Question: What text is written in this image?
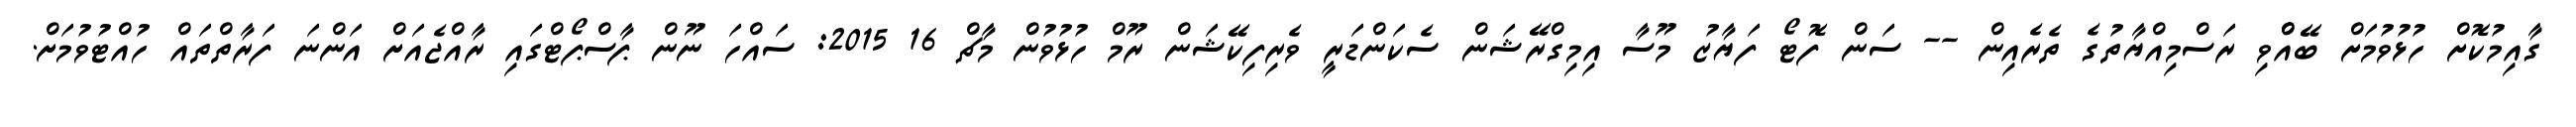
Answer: ގާއިމުކޮށް ހުޅުވުމަށް ބޭއްްވި ރަސްމިއްޔާތުގެ ތެރެއިން -- ސަން ފޮޓޯ ފަޔާޒު މޫސާ އިމިގްރޭޝަން ސެކަންޑަރީ ވެރިފިކޭޝަން ރޫމް ހުޅުވުން މާޗް 16 2015: ސައްހަ ނޫން ޕާސްޕޯޓްގައި ރާއްޖެއަށް އަންނަ ފަރާތްތައް ހުއްޓުވުމަށް.